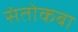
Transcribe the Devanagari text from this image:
संतोकबा